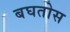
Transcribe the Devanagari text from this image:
बघतोस